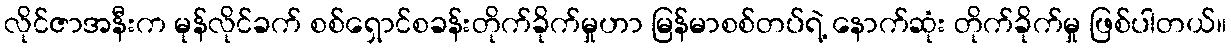
လိုင်ဇာအနီးက မုန်လိုင်ခက် စစ်ရှောင်စခန်းတိုက်ခိုက်မှုဟာ မြန်မာစစ်တပ်ရဲ့ နောက်ဆုံး တိုက်ခိုက်မှု ဖြစ်ပါတယ်။